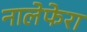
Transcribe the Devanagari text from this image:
नालेफेरा